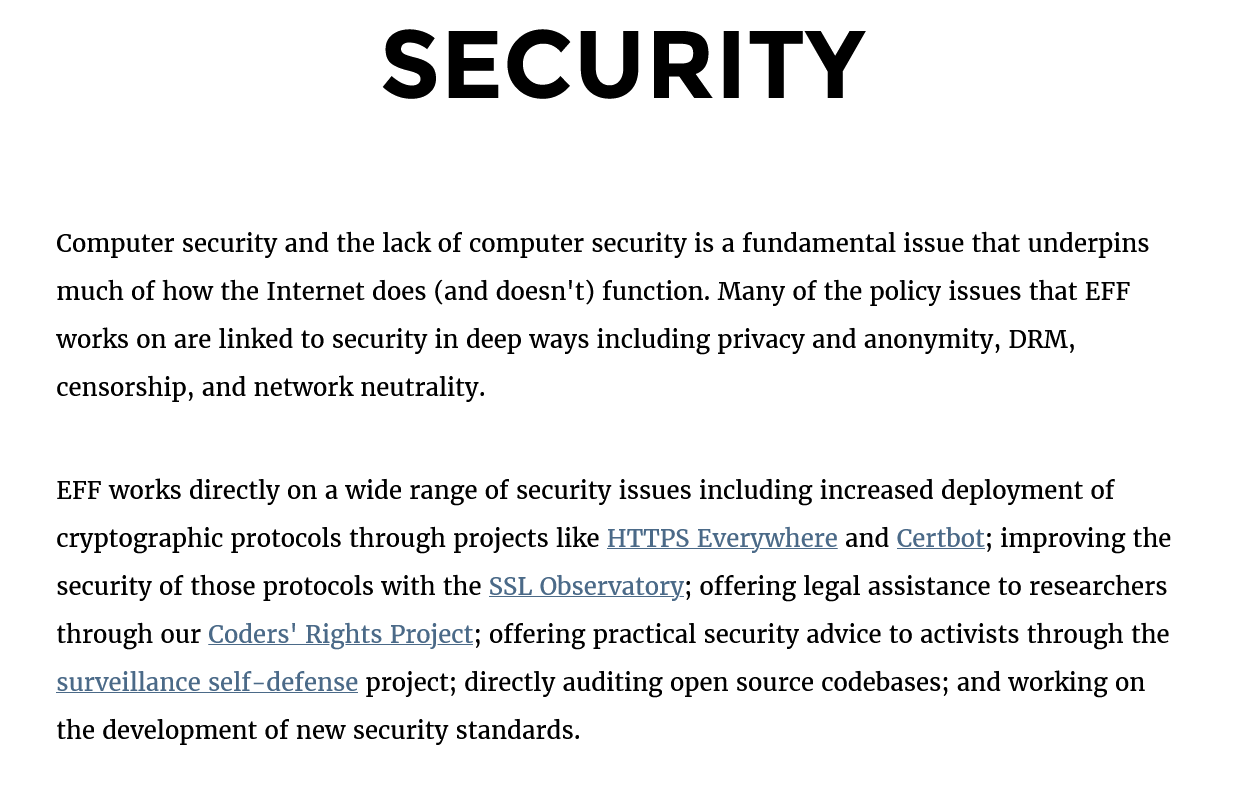
Computer security and the lack of computer security is a fundamental issue that underpins
     much of how the Internet does (and doesn't) function. Many of the policy issues that EFF
     works on are linked to security in deep ways including privacy and anonymity, DRM,
     censorship, and network neutrality.
     EFF works directly on a wide range of security issues including increased deployment of
     cryptographic protocols through projects like HTTPS Everywhere and Certbot; improving the
     security of those protocols with the SSL Observatory; offering legal assistance to researchers
     through our Coders' Rights Project; offering practical security advice to activists through the
     surveillance self-defense project; directly auditing open source codebases; and working on
     the development of new security standards.